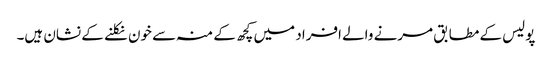
پولیس کے مطابق مرنے والے افراد میں کچھ کے منہ سے خون نکلنے کے نشان ہیں۔